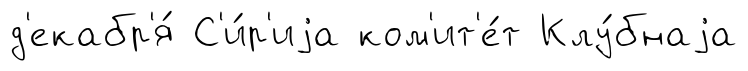
д'екабр'я́ С'и́р'иjа ком'ит'е́т Клу́бнаjа